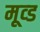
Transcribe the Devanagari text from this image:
मूव्ड